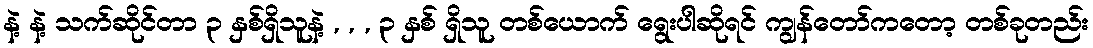
နဲ့ နဲ့ သက်ဆိုင်တာ ၃ နှစ်ရှိသူနဲ့ , , , ၃ နှစ် ရှိသူ တစ်ယောက် ရွေးပါဆိုရင် ကျွန်တော်ကတော့ တစ်ခုတည်း